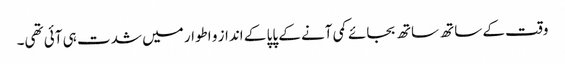
وقت کے ساتھ ساتھ بجائے کمی آنے کے پاپا کے انداز و اطوار میں شدت ہی آئی تھی۔